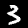
Digit: 3